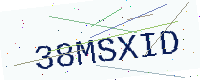
Text: 38MSXID